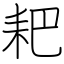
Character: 耙